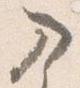
入